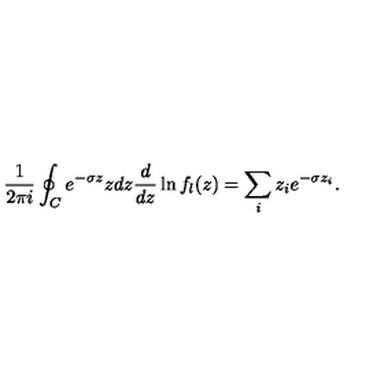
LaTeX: { \frac { 1 } { 2 \pi i } } \oint _ { C } e ^ { - \sigma z } z d z { \frac { d } { d z } } \ln f _ { l } ( z ) = \sum _ { i } z _ { i } e ^ { - \sigma z _ { i } } .